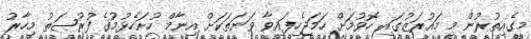
މީގެއިތުރުން މި މައުރަޒުގައި ހޮވުމަށް ހަމަޖެހިފައިވާ ވަނަތަކަށް އިނާމް ހުށަހެޅުމުގެ ފުރުޞަތު މިހާރު